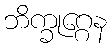
ဘိက္ခုဂ္ဂေန